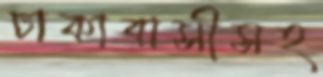
ঢাকাবাসীসহ